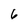
Character: 6